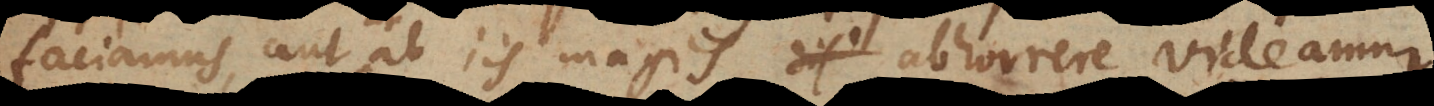
faciamus, aut ab iis magis abhorrere videamur